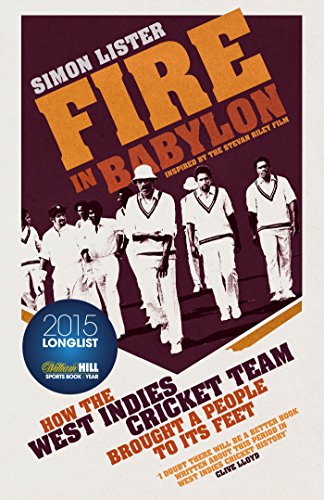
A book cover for Fire in Babylon; Simon Lister; Sports & Outdoors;